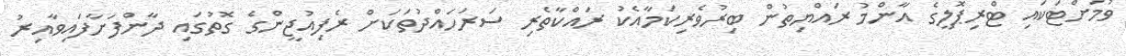
ވުމަށްޓަކައި ޓްރިޕޮލީގެ އާންމު ރައްޔިތުން ބިރުވެރިކަމާއެކު ރައްކާތެރި ސަރަހައްދުތަކަށް ރެފިއުޖީންގެ ގޮތުގައި ދާންފަށާފައިވާއިރު